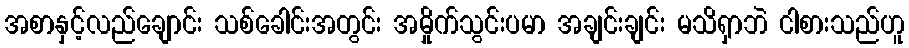
အစာနှင့်လည်ချောင်း သစ်ခေါင်းအတွင်း အမှိုက်သွင်းပမာ အချင်းချင်း မသိရှာဘဲ ငါစားသည်ဟူ